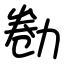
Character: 勌